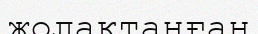
жолақтанған